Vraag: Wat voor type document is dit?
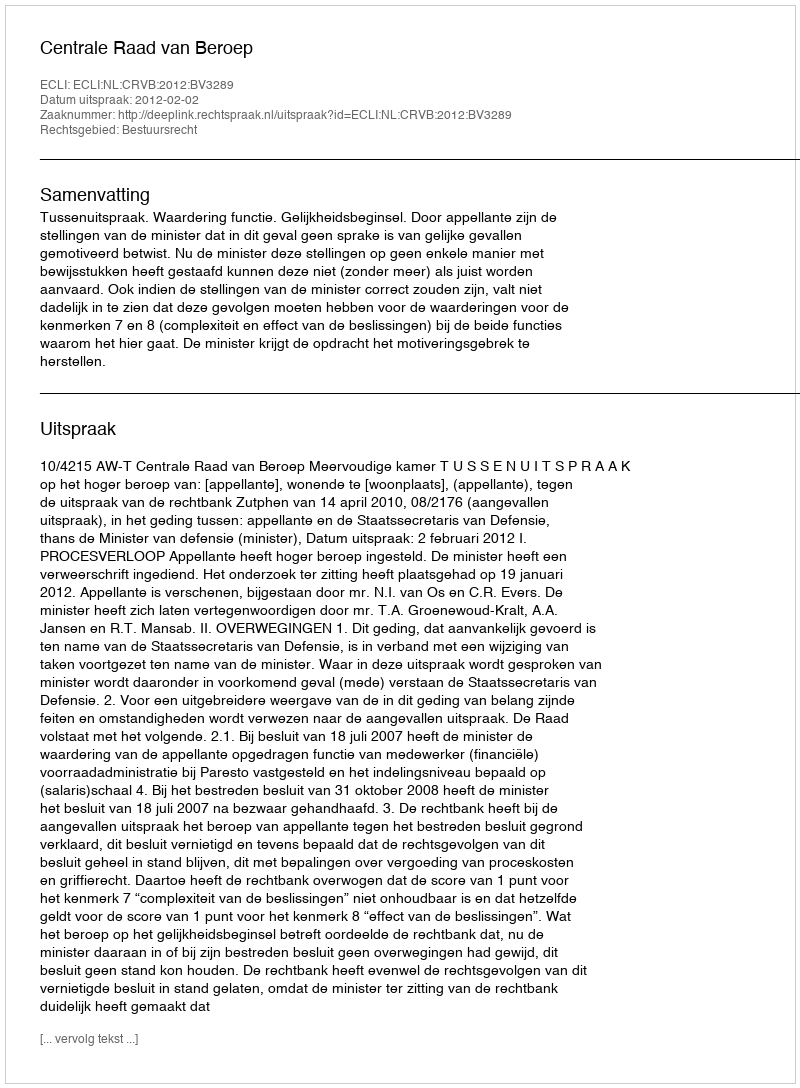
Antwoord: Uitspraak